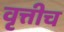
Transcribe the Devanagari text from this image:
वृत्तीच